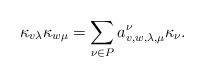
LaTeX: \begin{align*}\kappa_{v\lambda} \kappa_{w\mu} = \sum_{\nu \in P} a_{v, w, \lambda, \mu}^{\nu} \kappa_{\nu}.\end{align*}